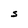
Character: S